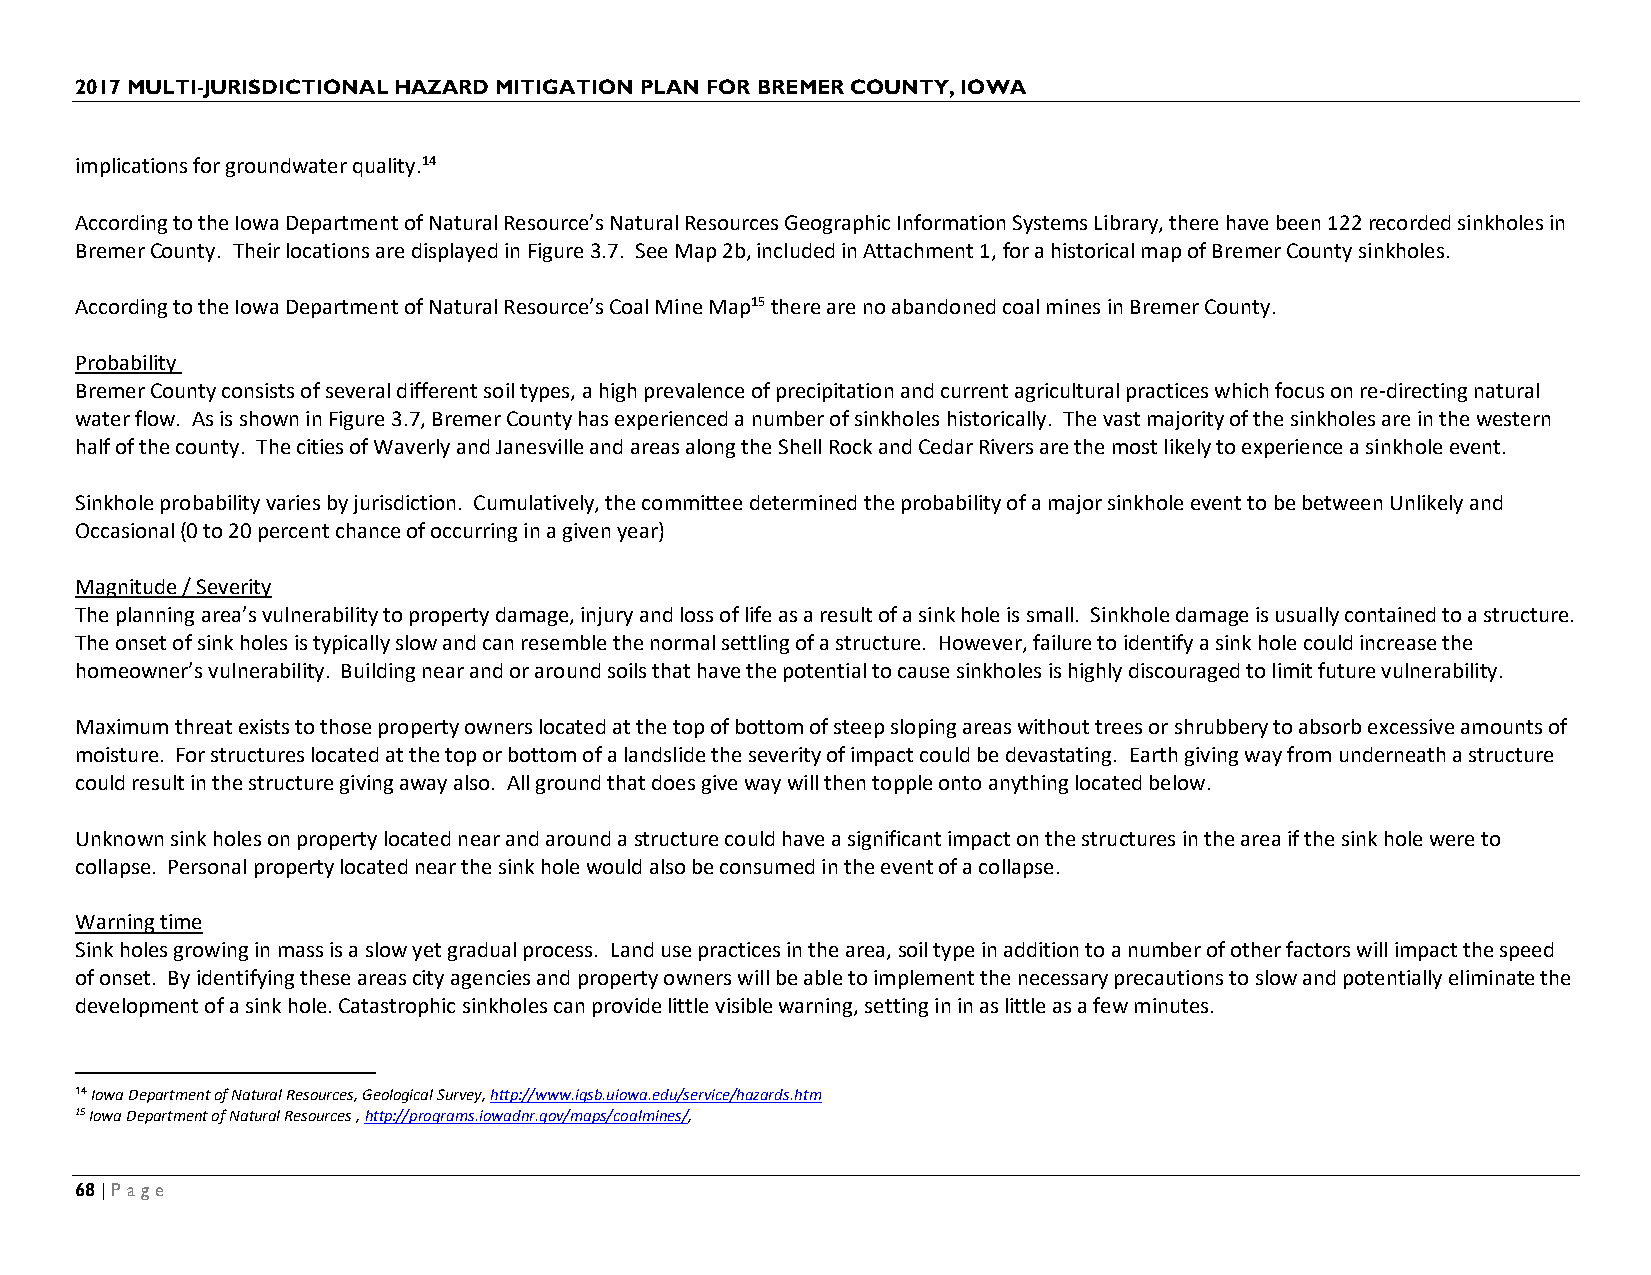
2017 MULTI-JURISDICTIONAL HAZARD MITIGATION PLAN FOR BREMER COUNTY, IOWA
 implications for groundwater quality.14
 According to the Iowa Department of Natural Resource’s Natural Resources Geographic Information Systems Library, there have been 122 recorded sinkholes in
 Bremer County. Their locations are displayed in Figure 3.7. See Map 2b, included in Attachment 1, for a historical map of Bremer County sinkholes.
 According to the Iowa Department of Natural Resource’s Coal Mine Map15 there are no abandoned coal mines in Bremer County.
 Probability
 Bremer County consists of several different soil types, a high prevalence of precipitation and current agricultural practices which focus on re-directing natural
 water flow. As is shown in Figure 3.7, Bremer County has experienced a number of sinkholes historically. The vast majority of the sinkholes are in the western
 half of the county. The cities of Waverly and Janesville and areas along the Shell Rock and Cedar Rivers are the most likely to experience a sinkhole event.
 Sinkhole probability varies by jurisdiction. Cumulatively, the committee determined the probability of a major sinkhole event to be between Unlikely and
 Occasional (0 to 20 percent chance of occurring in a given year)
 Magnitude / Severity
 The planning area’s vulnerability to property damage, injury and loss of life as a result of a sink hole is small. Sinkhole damage is usually contained to a structure.
 The onset of sink holes is typically slow and can resemble the normal settling of a structure. However, failure to identify a sink hole could increase the
 homeowner’s vulnerability. Building near and or around soils that have the potential to cause sinkholes is highly discouraged to limit future vulnerability.
 Maximum threat exists to those property owners located at the top of bottom of steep sloping areas without trees or shrubbery to absorb excessive amounts of
 moisture. For structures located at the top or bottom of a landslide the severity of impact could be devastating. Earth giving way from underneath a structure
 could result in the structure giving away also. All ground that does give way will then topple onto anything located below.
 Unknown sink holes on property located near and around a structure could have a significant impact on the structures in the area if the sink hole were to
 collapse. Personal property located near the sink hole would also be consumed in the event of a collapse.
 Warning time
 Sink holes growing in mass is a slow yet gradual process. Land use practices in the area, soil type in addition to a number of other factors will impact the speed
 of onset. By identifying these areas city agencies and property owners will be able to implement the necessary precautions to slow and potentially eliminate the
 development of a sink hole. Catastrophic sinkholes can provide little visible warning, setting in in as little as a few minutes.
 14 Iowa Department of Natural Resources, Geological Survey, http://www.igsb.uiowa.edu/service/hazards.htm
 15 Iowa Department of Natural Resources , http://programs.iowadnr.gov/maps/coalmines/,
 68 | Page